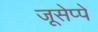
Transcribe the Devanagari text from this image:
जूसेप्पे